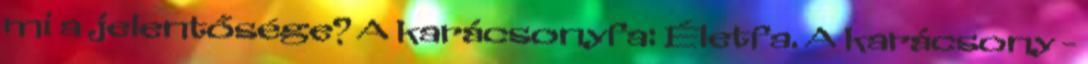
mi a jelentősége? A karácsonyfa: Életfa. A karácsony -